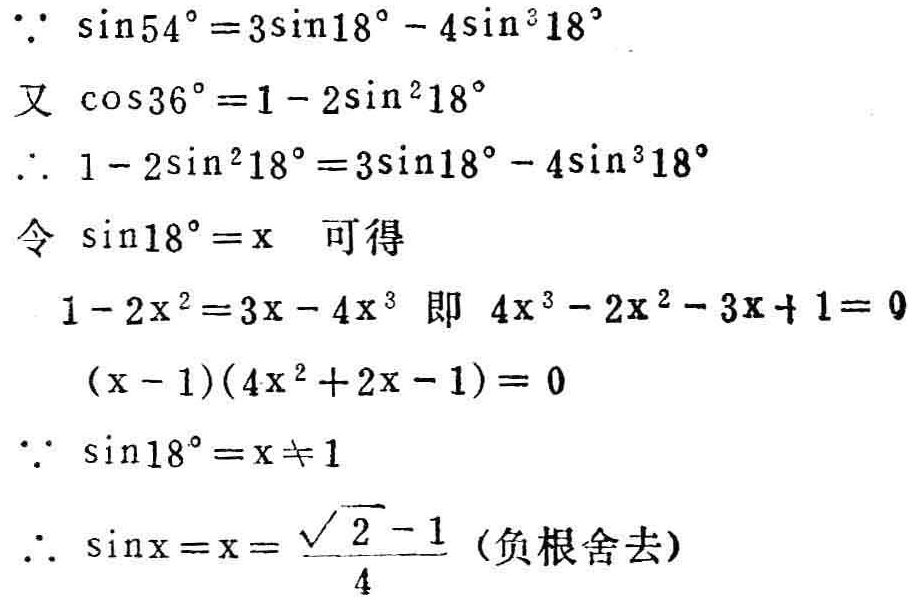
\(\because \sin54^{\circ}=3\sin18^{\circ}-4\sin^{3}18^{\circ}\)

又\(\cos36^{\circ}=1 - 2\sin^{2}18^{\circ}\)

\(\therefore 1 - 2\sin^{2}18^{\circ}=3\sin18^{\circ}-4\sin^{3}18^{\circ}\)

令\(\sin18^{\circ}=x\) 可得

\(1 - 2x^{2}=3x - 4x^{3}\) 即 \(4x^{3}-2x^{2}-3x + 1 = 0\)

\((x - 1)(4x^{2}+2x - 1)=0\)

\(\because \sin18^{\circ}=x\neq1\)

\(\therefore \sin x=x=\frac{\sqrt{5}-1}{4}\) (负根舍去)